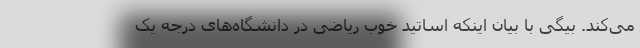
می‌کند. بیگی با بیان اینکه اساتید خوب ریاضی در دانشگاه‌های درجه یک